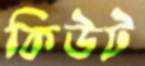
কিউট